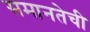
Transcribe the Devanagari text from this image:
समानतेची